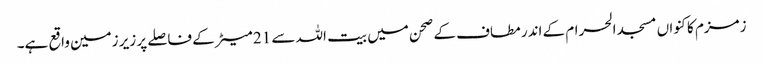
زمزم کا کنواں مسجد الحرام کے اندر مطاف کے صحن میں بیت اللہ سے 21 میٹر کے فاصلے پر زیر زمین واقع ہے۔